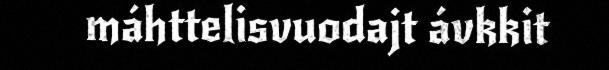
máhttelisvuodajt ávkkit